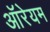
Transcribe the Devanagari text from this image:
ऑरेयम